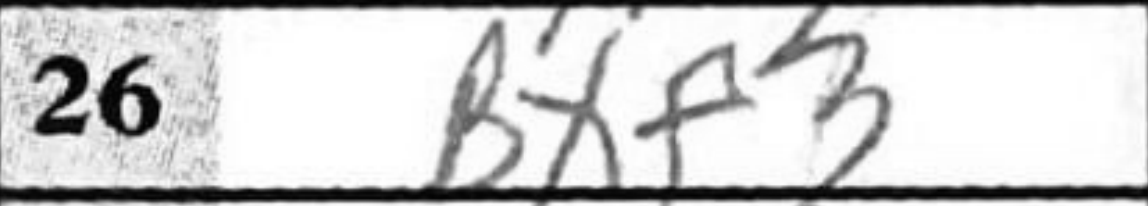
Transcription: Bxf3